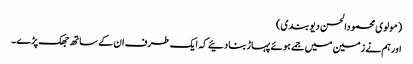
(مولوی محمودالحسن دیوبندی)
اورہم نے زمین میں جمے ہوئے پہاڑبنادئیے کہ ایک طرف ان کے ساتھ جھک پڑے۔